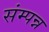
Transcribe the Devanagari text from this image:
संम्पन्न